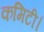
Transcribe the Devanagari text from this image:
कमिटी।